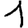
Digit: 1